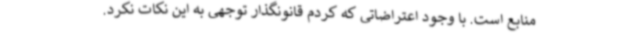
منابع است. با وجود اعتراضاتی که کردم قانونگذار توجهی به این نکات نکرد.